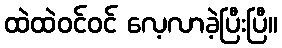
ထဲထဲဝင်ဝင် လေ့လာခဲ့ပြီးပြီ။